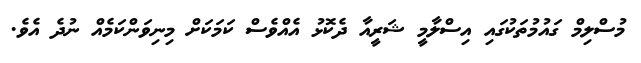
މުސްލިމް ގައުމުތަކުގައި އިސްލާމީ ޝަރީއާ ދެކޮޅު އެއްވެސް ކަމަކަށް މިނިވަންކަމެއް ނުދެ އެވެ.